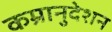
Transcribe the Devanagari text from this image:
कम्रानुदेशन